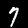
Digit: 7